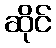
ဆိုင်